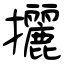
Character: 攦